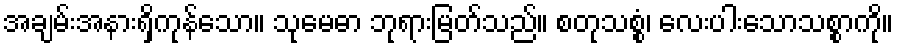
အချမ်းအနားရှိကုန်သော။ သုမေဓာ ဘုရားမြတ်သည်။ စတုသစ္စံ၊ လေးပါးသောသစ္စာကို။